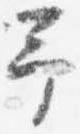
予